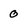
Character: 0